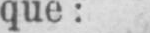
que: